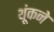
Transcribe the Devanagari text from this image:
थूंकने